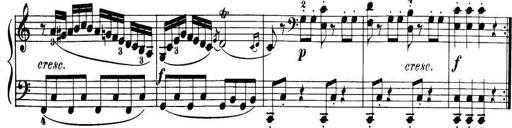
Title: 32 Sonatinas and Rondos for the Piano
Composer: Richard Kleinmichel